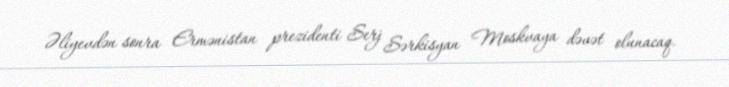
Əliyevdən sonra Ermənistan prezidenti Serj Sərkisyan Moskvaya dəvət olunacaq.